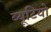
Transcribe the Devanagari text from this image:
ब्यूटियो